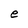
Character: e